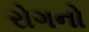
રોગનો